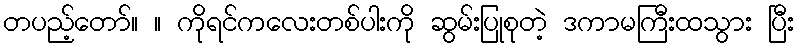
တပည့်တော်။ ။ ကိုရင်ကလေးတစ်ပါးကို ဆွမ်းပြုစုတဲ့ ဒကာမကြီးထသွား ပြီး